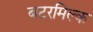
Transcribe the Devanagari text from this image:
बटरमिल्क